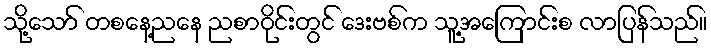
သို့သော် တစနေ့ညနေ ညစာဝိုင်းတွင် ဒေးဗစ်က သူ့အကြောင်းစ လာပြန်သည်။